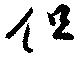
但